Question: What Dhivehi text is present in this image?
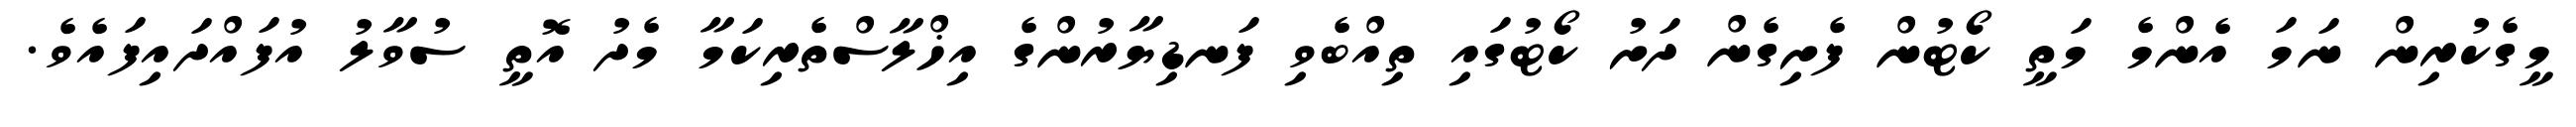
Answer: މީގެކުރިން ނަމަ އެންމެ މަތީ ކޯޓުން ފެށިގެން ދަށު ކޯޓުގައި ތިއްބެވި ފަނޑިޔާރުންގެ އިޚްލާސްތެރިކަމާ މެދު އޮތީ ސުވާލު އުފައްދައިފައެވެ.